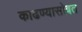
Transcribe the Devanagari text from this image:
काढण्यासोबत